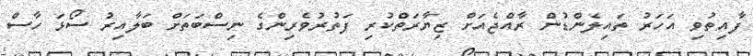
ފާއިތުވި އަހަރު ތައިލެންޑުން ރާއްޖެއަށް ޒިޔާރަތްކުރި ފަތުރުވެރިންގެ ނިސްބަތަށް ބަލާއިރު ސޯޅަ ހާސް